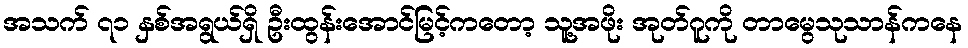
အသက် ၇၁ နှစ်အရွယ်ရှိ ဦးထွန်းအောင်မြင့်ကတော့ သူ့အဖိုး အုတ်ဂူကို တာမွေသုသာန်ကနေ